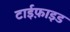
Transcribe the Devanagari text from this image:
टाईफ़ाइड